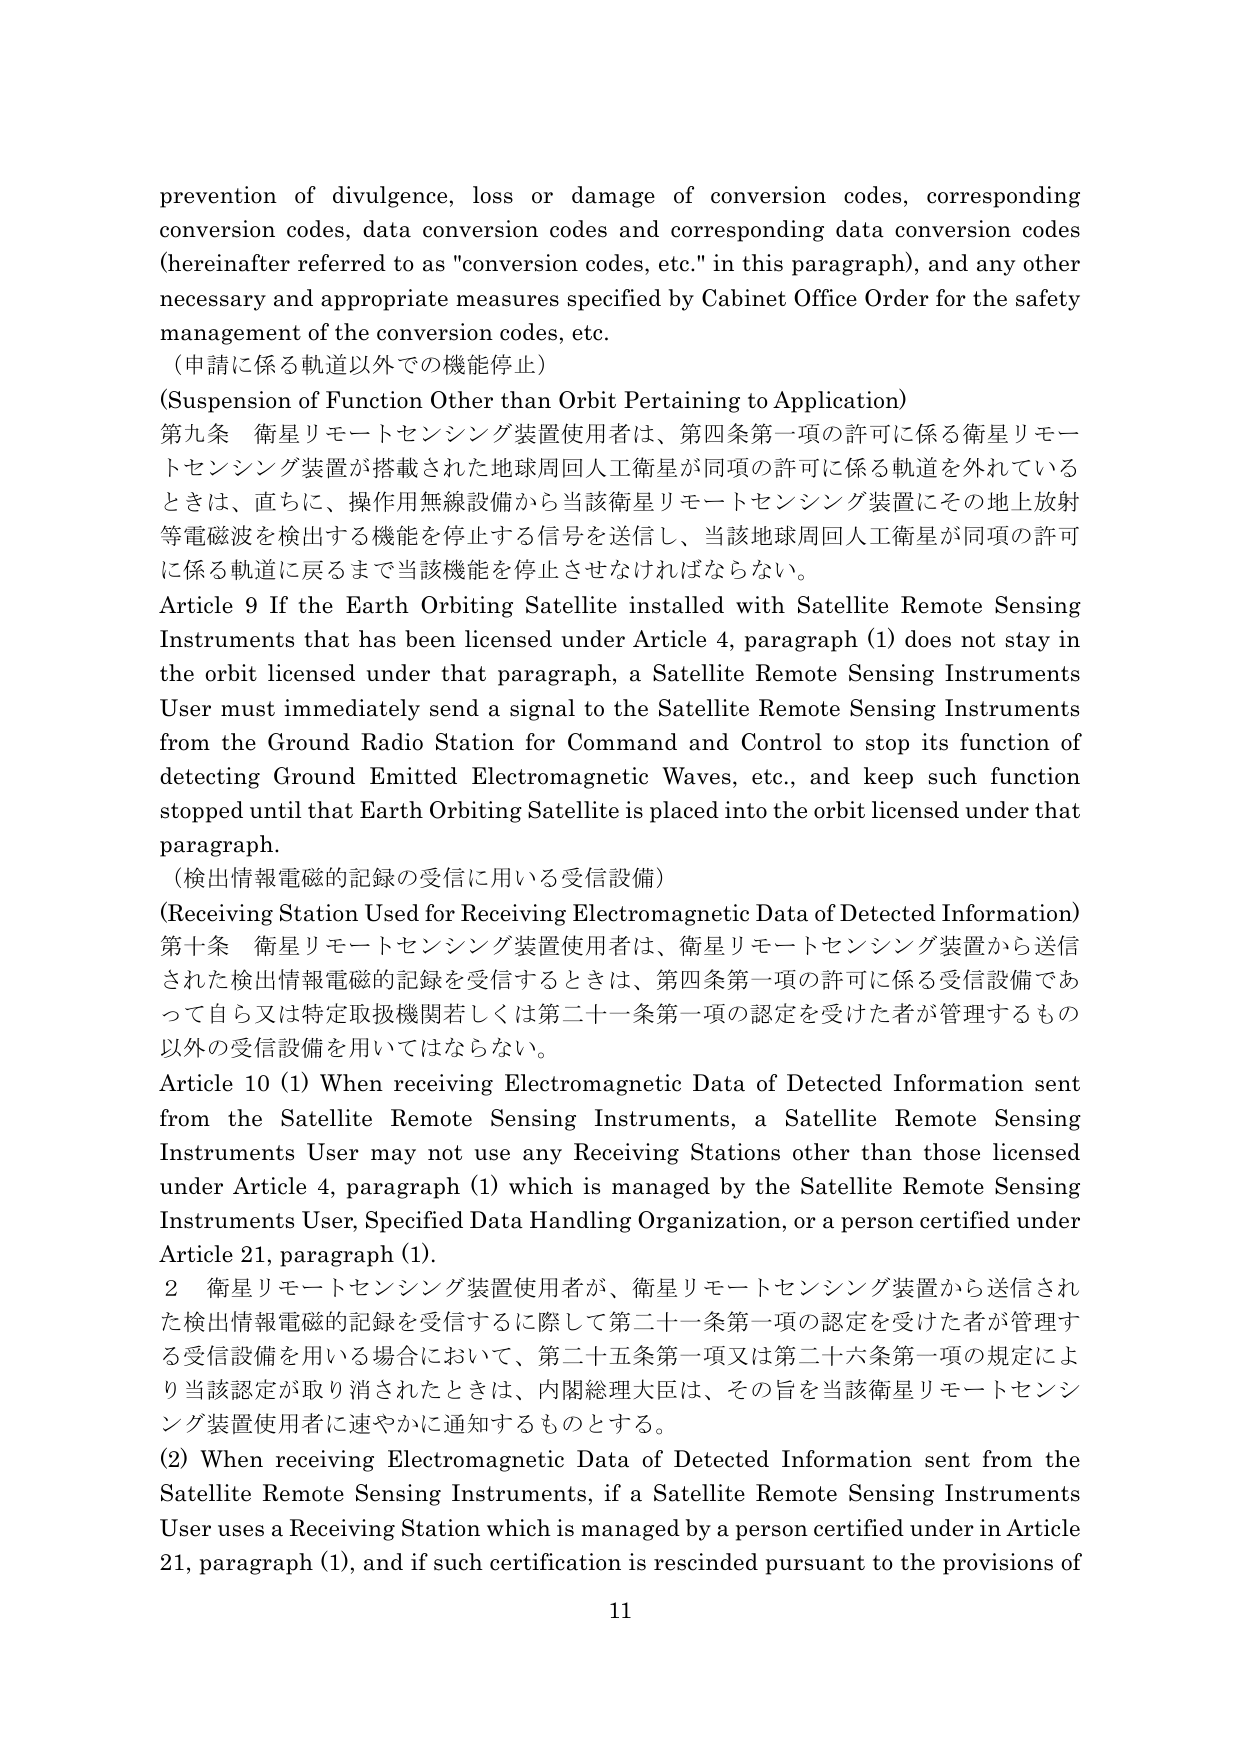
prevention of divulgence, loss or damage of conversion codes, corresponding conversion codes, data conversion codes and corresponding data conversion codes (hereinafter referred to as "conversion codes, etc." in this paragraph), and any other necessary and appropriate measures specified by Cabinet Office Order for the safety management of the conversion codes, etc.

（申請に係る軌道以外での機能停止）

(Suspension of Function Other than Orbit Pertaining to Application)

第九条 衛星リモートセンシング装置使用者は、第四条第一項の許可に係る衛星リモートセンシング装置が搭載された地球周回人工衛星が同項の許可に係る軌道を外れているときは、直ちに、操作用無線設備から当該衛星リモートセンシング装置にその地上放射等電磁波を検出する機能を停止する信号を送信し、当該地球周回人工衛星が同項の許可に係る軌道に戻るまで当該機能を停止させなければならない。

Article 9 If the Earth Orbiting Satellite installed with Satellite Remote Sensing Instruments that has been licensed under Article 4, paragraph (1) does not stay in the orbit licensed under that paragraph, a Satellite Remote Sensing Instruments User must immediately send a signal to the Satellite Remote Sensing Instruments from the Ground Radio Station for Command and Control to stop its function of detecting Ground Emitted Electromagnetic Waves, etc., and keep such function stopped until that Earth Orbiting Satellite is placed into the orbit licensed under that paragraph.

（検出情報電磁的記録の受信に用いる受信設備）

(Receiving Station Used for Receiving Electromagnetic Data of Detected Information)

第十条 衛星リモートセンシング装置使用者は、衛星リモートセンシング装置から送信された検出情報電磁的記録を受信するときは、第四条第一項の許可に係る受信設備であって自ら又は特定取扱機関若しくは第二十一条第一項の認定を受けた者が管理するもの以外の受信設備を用いてはならない。

Article 10 (1) When receiving Electromagnetic Data of Detected Information sent from the Satellite Remote Sensing Instruments, a Satellite Remote Sensing Instruments User may not use any Receiving Stations other than those licensed under Article 4, paragraph (1) which is managed by the Satellite Remote Sensing Instruments User, Specified Data Handling Organization, or a person certified under Article 21, paragraph (1).

2 衛星リモートセンシング装置使用者が、衛星リモートセンシング装置から送信された検出情報電磁的記録を受信するに際して第二十一条第一項の認定を受けた者が管理する受信設備を用いる場合において、第二十五条第一項又は第二十六条第一項の規定により当該認定が取り消されたときは、内閣総理大臣は、その旨を当該衛星リモートセンシング装置使用者に速やかに通知するものとする。

(2) When receiving Electromagnetic Data of Detected Information sent from the Satellite Remote Sensing Instruments, if a Satellite Remote Sensing Instruments User uses a Receiving Station which is managed by a person certified under in Article 21, paragraph (1), and if such certification is rescinded pursuant to the provisions of

11